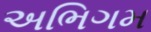
અભિગમ